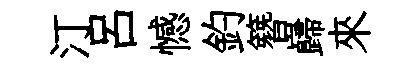
汀吕憾釣簪巋來